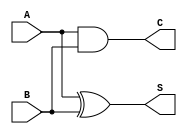
module current_mode_half_adder (
    input wire A,  // First input bit (current signal)
    input wire B,  // Second input bit (current signal)
    output wire S, // Sum output (current signal)
    output wire C  // Carry output (current signal)
);

// Sum output using XOR operation
assign S = A ^ B; // Sum is A XOR B

// Carry output using AND operation
assign C = A & B; // Carry is A AND B

endmodule